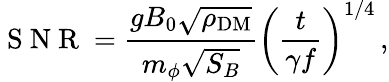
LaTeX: \mathrm{~S~N~R~}=\frac{gB_{0}\sqrt{\rho_{\mathrm{DM}}}}{m_{\phi}\sqrt{S_{B}}}\left(\frac{t}{\gamma f}\right)^{1/4}\, ,